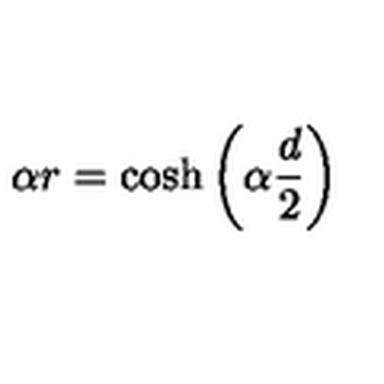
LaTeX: \alpha r = \cosh \left( \alpha \frac { d } { 2 } \right)